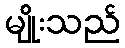
မျိုးသည်